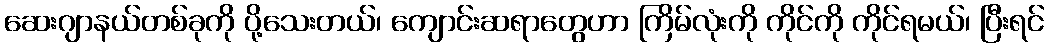
ဆေးဂျာနယ်တစ်ခုကို ပို့သေးတယ်၊ ကျောင်းဆရာတွေဟာ ကြိမ်လုံးကို ကိုင်ကို ကိုင်ရမယ်၊ ပြီးရင်